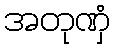
အတုဏှံ